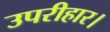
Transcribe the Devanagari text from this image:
उपरीहार।